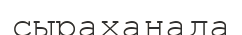
сыраханада